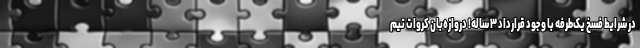
در شرایط فسخ یک‌طرفه با وجود قرارداد ۳ ساله! دروازه‌بان کروات تیم